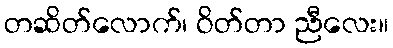
တဆိတ်လောက်၊ ဝိတ်တာ ညီလေး။